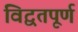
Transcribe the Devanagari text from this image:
विद्वतपूर्ण